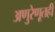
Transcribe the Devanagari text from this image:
अणुरेणूतही